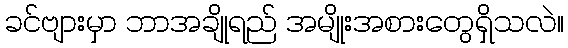
ခင်ဗျားမှာ ဘာအချိုရည် အမျိုးအစားတွေရှိသလဲ။